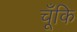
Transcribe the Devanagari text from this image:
चँूंकि